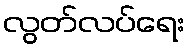
လွတ်လပ်ရေး